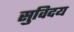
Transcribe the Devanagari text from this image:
सुविदय